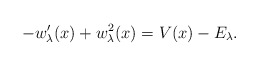
\begin{align*} -w_{\lambda }^{\prime }(x)+w_{\lambda }^{2}(x)=V(x)-E_{\lambda }.\end{align*}